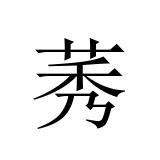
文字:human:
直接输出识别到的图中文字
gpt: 莠